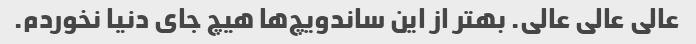
عالی عالی عالی. بهتر از این ساندویچ‌ها هیچ جای دنیا نخوردم.